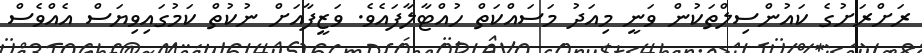
ރަށްރަށުގެ ކައުންސިލްތަކުން ވަނީ މިއަދު މަސައްކަތް ހުއްޓާލާފައެވެ. ވަޒީފާއަށް ނުކުތް ކަމުގައިވިޔަސް އެއްވެސް